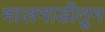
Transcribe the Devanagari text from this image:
मालगाडीतून